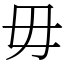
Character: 毋